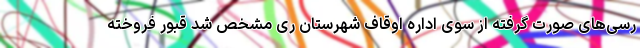
رسی‌های صورت گرفته از سوی اداره اوقاف شهرستان ری مشخص شد قبور فروخته